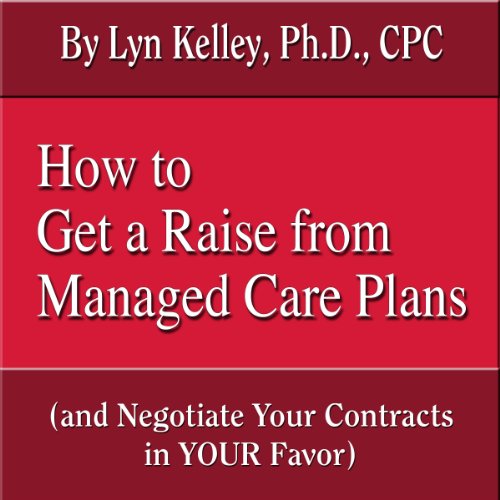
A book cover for How to Get a Raise from Managed Care Plans (and Negotiate Your Contracts); Lyn Kelley; Business & Money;